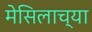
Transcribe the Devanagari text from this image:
मेसिलाच्या